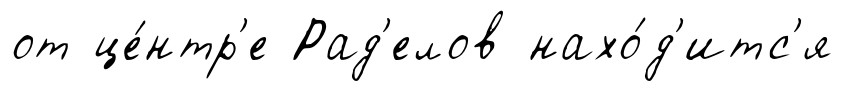
от це́нтр'е Рад'елов нахо́д'итс'я